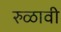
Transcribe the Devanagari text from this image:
रुळावी